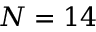
N = 1 4